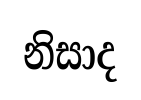
නිසාද